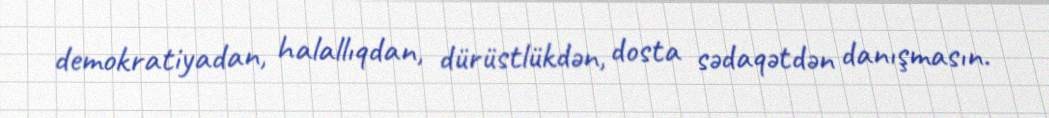
demokratiyadan, halallıqdan, dürüstlükdən, dosta sədaqətdən danışmasın.